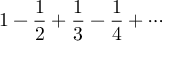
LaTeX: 1 - { \frac { 1 } { 2 } } + { \frac { 1 } { 3 } } - { \frac { 1 } { 4 } } + \cdots